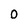
Character: 0